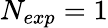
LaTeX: N_{exp}=1